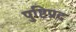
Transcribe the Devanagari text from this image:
पुष्टिप्रद